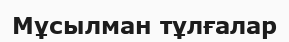
Мұсылман тұлғалар